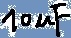
Text: 10uF